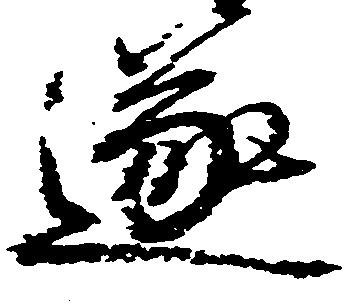
遂